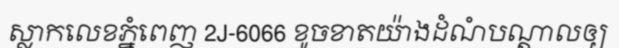
ស្លាកលេខភ្នំពេញ 2J-6066 ខូចខាតយ៉ាងដំណំបណ្តាលឲ្យ